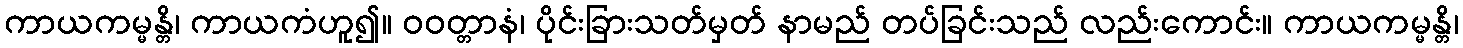
ကာယကမ္မန္တိ၊ ကာယကံဟူ၍။ ဝဝတ္တာနံ၊ ပိုင်းခြားသတ်မှတ် နာမည် တပ်ခြင်းသည် လည်းကောင်း။ ကာယကမ္မန္တိ၊